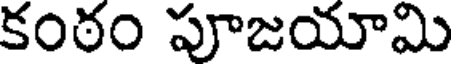
కంఠం పూజయామి